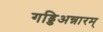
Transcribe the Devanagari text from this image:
गड्डिअन्नारम्